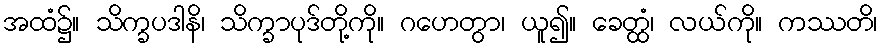
အထံ၌။ သိက္ခပဒါနိ၊ သိက္ခာပုဒ်တို့ကို။ ဂဟေတွာ၊ ယူ၍။ ခေတ္ထံ၊ လယ်ကို။ ကဿတိ၊